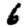
Digit: 6